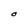
Character: O